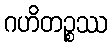
ဂဟိတဉ္စဿ